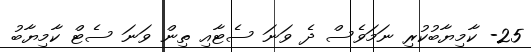
25- ކާމިޔާބުކުރި ނަމަވެސް ދެ ވަނަ ސެޓާއި ތިން ވަނަ ސެޓް ކާމިޔާބު